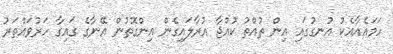
ހަމައެއާއެކު އުނގުގައި އިން ތުއްތު ކުއްޖާ އުރާލައިގެން އިންގޮތުން އޭނާގެ ގައިގާ ހަރުވައްތަރު